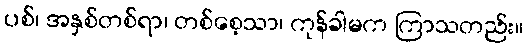
ပစ်၊ အနှစ်တစ်ရာ၊ တစ်စေ့သာ၊ ကုန်ခါမက ကြာသတည်း။